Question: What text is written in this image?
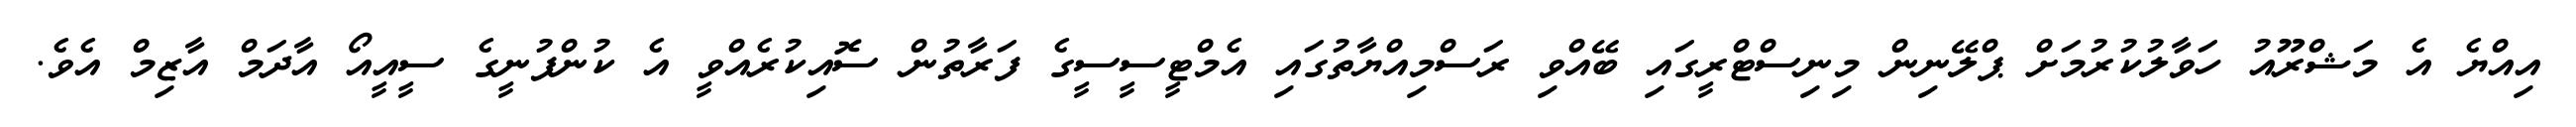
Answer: އިއްޔެ އެ މަޝްރޫއު ހަވާލުކުރުމަށް ޕްލޭނިން މިނިސްޓްރީގައި ބޭއްވި ރަސްމިއްޔާތުގައި އެމްޓީސީސީގެ ފަރާތުން ސޮއިކުރެއްވީ އެ ކުންފުނީގެ ސީއީއޯ އާދަމް އާޒިމް އެވެ.